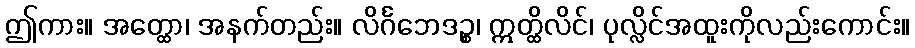
ဤကား။ အတ္ထော၊ အနက်တည်း။ လိင်္ဂဘေဒဉ္စ၊ ဣတ္ထိလိင်၊ ပုလ္လိင်အထူးကိုလည်းကောင်း။